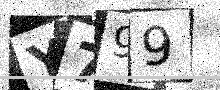
Text: Y799